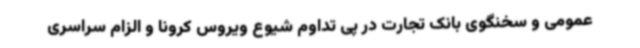
عمومی و سخنگوی بانک تجارت در پی تداوم شیوع ویروس کرونا و الزام سراسری